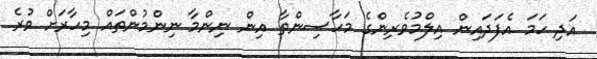
އަދި ހަމަ އެފަދައިން އިލްމުވެރިންގެ މަހާސިންތާ އިން ނިންމާ ނިންމުންތައް މިހާރަށް ވުރެ